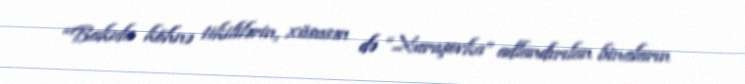
“Bakıda köhnə tikililərin, xüsusən də “Xuruşovka” adlandırılan binaların